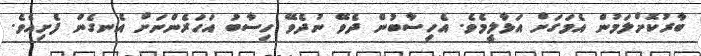
ބާރުކޮށްލަމުން އެމަގަށް އަޅާލީމެވެ. އެހިސާބުން ދެވޭ ނުދެވޭ ހިސާބު އަހަރެންނަށް އެނގެން ފެށިއެވެ.